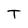
Character: T